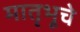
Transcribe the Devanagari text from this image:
मातृभूचे